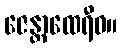
ဇေန္တာထေရီဝ။